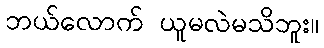
ဘယ်လောက် ယူမလဲမသိဘူး။